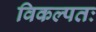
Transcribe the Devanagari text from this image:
विकल्पतः